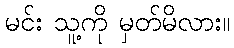
မင်း သူ့ကို မှတ်မိလား။